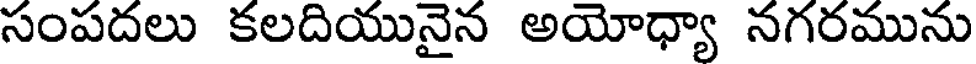
సంపదలు కలదియునైన అయోధ్యా నగరమును